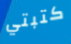
كتبتي